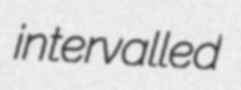
intervalled